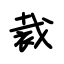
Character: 裁